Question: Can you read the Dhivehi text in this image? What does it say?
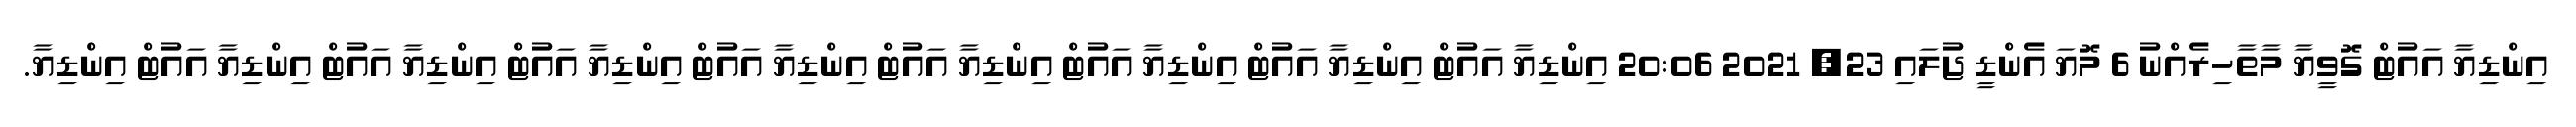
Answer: އިންޑިޔާ އައުޓް ގޮވީޔާ މާތާހިރެއްނު 6 މޮޔަ އެންޑީ ޖުލައި 23, 2021 20:06 އިންޑިޔާ އައުޓް އިންޑިޔާ އައުޓް އިންޑިޔާ އައުޓް އިންޑިޔާ އައުޓް އިންޑިޔާ އައުޓް އިންޑިޔާ އައުޓް އިންޑިޔާ އައުޓް އިންޑިޔާ އައުޓް އިންޑިޔާ.